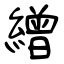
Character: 繒